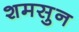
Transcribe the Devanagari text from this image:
शमसुन